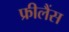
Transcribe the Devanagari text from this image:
फ्रीलैंस